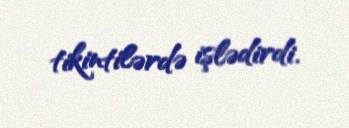
tikintilərdə işlədirdi.